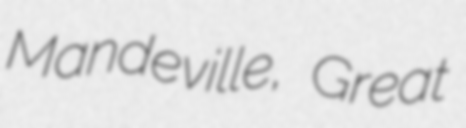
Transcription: Mandeville, Great